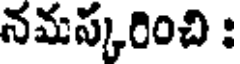
నమస్కరించి :